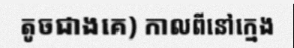
តូចជាងគេ) កាលពីនៅក្មេង